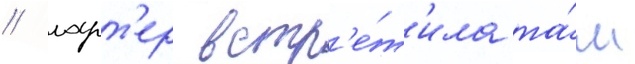
/ ларт'ер встр'е́т'ила та́м